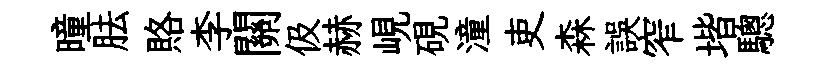
曈胠賂李關伋赫峴硯潼吏森誤窄堦驄